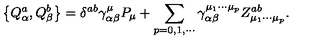
\left\{ Q _ { \alpha } ^ { a } , Q _ { \beta } ^ { b } \right\} = \delta ^ { a b } \gamma _ { \alpha \beta } ^ { \mu } P _ { \mu } + \sum _ { p = 0 , 1 , \cdots } \gamma _ { \alpha \beta } ^ { \mu _ { 1 } \cdots \mu _ { p } } Z _ { \mu _ { 1 } \cdots \mu _ { p } } ^ { a b } .